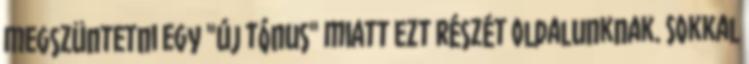
megszüntetni egy "új tónus" miatt ezt részét oldalunknak. Sokkal